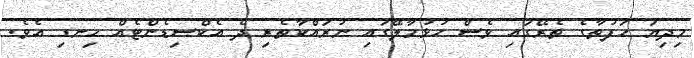
މިދިޔަ ހަފުތާގެ ތެރޭގައި ވެސް ހުޅުމާލޭގައި ނުރައްކާތެރި ދެ އެކްސިޑެންޓެއް ހިނގި އެވެ.